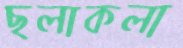
ছলাকলা